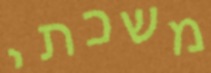
משכתי